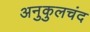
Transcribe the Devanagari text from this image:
अनुकुलचंद